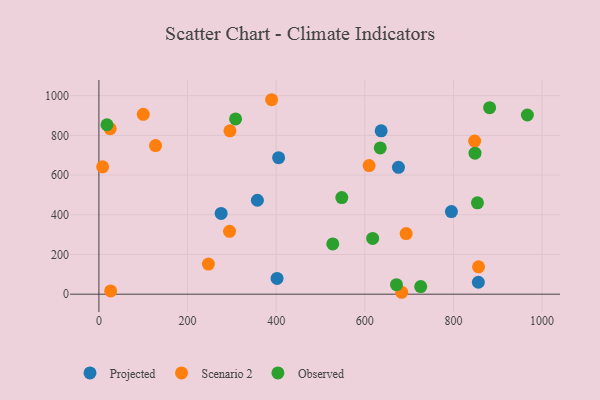
{"axis": {"x": "Investment", "y": "Exam Score"}, "legend": ["Observed", "Projected", "Scenario 2"], "data": [{"x": "795.4", "y": 416.1, "type": "Projected"}, {"x": "402.0", "y": 79.5, "type": "Projected"}, {"x": "405.5", "y": 687.6, "type": "Projected"}, {"x": "675.9", "y": 638.8, "type": "Projected"}, {"x": "636.9", "y": 823.0, "type": "Projected"}, {"x": "357.6", "y": 473.2, "type": "Projected"}, {"x": "856.2", "y": 60.3, "type": "Projected"}, {"x": "275.8", "y": 407.0, "type": "Projected"}, {"x": "294.8", "y": 316.8, "type": "Scenario 2"}, {"x": "683.2", "y": 9.7, "type": "Scenario 2"}, {"x": "8.4", "y": 641.6, "type": "Scenario 2"}, {"x": "25.4", "y": 833.4, "type": "Scenario 2"}, {"x": "247.1", "y": 151.6, "type": "Scenario 2"}, {"x": "609.7", "y": 648.0, "type": "Scenario 2"}, {"x": "389.7", "y": 979.4, "type": "Scenario 2"}, {"x": "295.7", "y": 822.6, "type": "Scenario 2"}, {"x": "26.5", "y": 16.4, "type": "Scenario 2"}, {"x": "127.8", "y": 748.7, "type": "Scenario 2"}, {"x": "693.3", "y": 305.3, "type": "Scenario 2"}, {"x": "847.8", "y": 771.4, "type": "Scenario 2"}, {"x": "100.1", "y": 906.0, "type": "Scenario 2"}, {"x": "856.6", "y": 138.0, "type": "Scenario 2"}, {"x": "881.6", "y": 939.2, "type": "Observed"}, {"x": "966.8", "y": 902.4, "type": "Observed"}, {"x": "671.5", "y": 47.9, "type": "Observed"}, {"x": "308.4", "y": 882.8, "type": "Observed"}, {"x": "18.2", "y": 853.3, "type": "Observed"}, {"x": "726.1", "y": 38.4, "type": "Observed"}, {"x": "848.6", "y": 710.3, "type": "Observed"}, {"x": "617.7", "y": 280.7, "type": "Observed"}, {"x": "854.1", "y": 460.3, "type": "Observed"}, {"x": "634.8", "y": 736.6, "type": "Observed"}, {"x": "527.7", "y": 253.1, "type": "Observed"}, {"x": "548.1", "y": 486.7, "type": "Observed"}]}